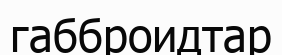
габброидтар